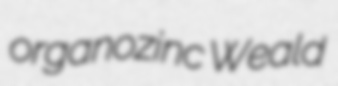
organozinc Weald